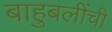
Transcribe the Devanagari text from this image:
बाहुबलींची